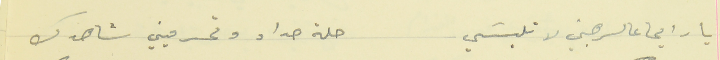
يا رايحا عالرهبني لا تلبسَي                                      حلة حداد وتحرميني شاهدك